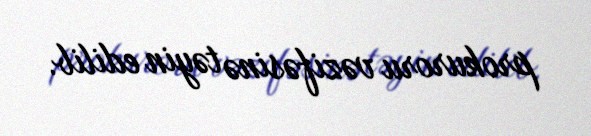
prokuroru vəzifəsinə təyin edilib.